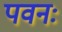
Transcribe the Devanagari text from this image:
पवनः